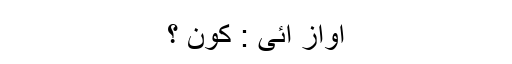
آواز آئی : کون ؟